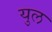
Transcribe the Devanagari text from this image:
युल